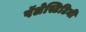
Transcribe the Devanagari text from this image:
पॅलेस्टिटिनी